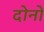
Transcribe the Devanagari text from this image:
दोनों